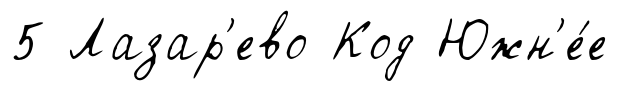
5 Лазар'ево Код Южн'е́е